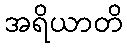
အရိယာတိ